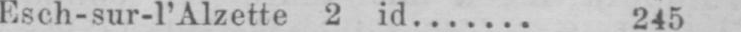
Esch-sur-I’Alzette 2 id....... 245